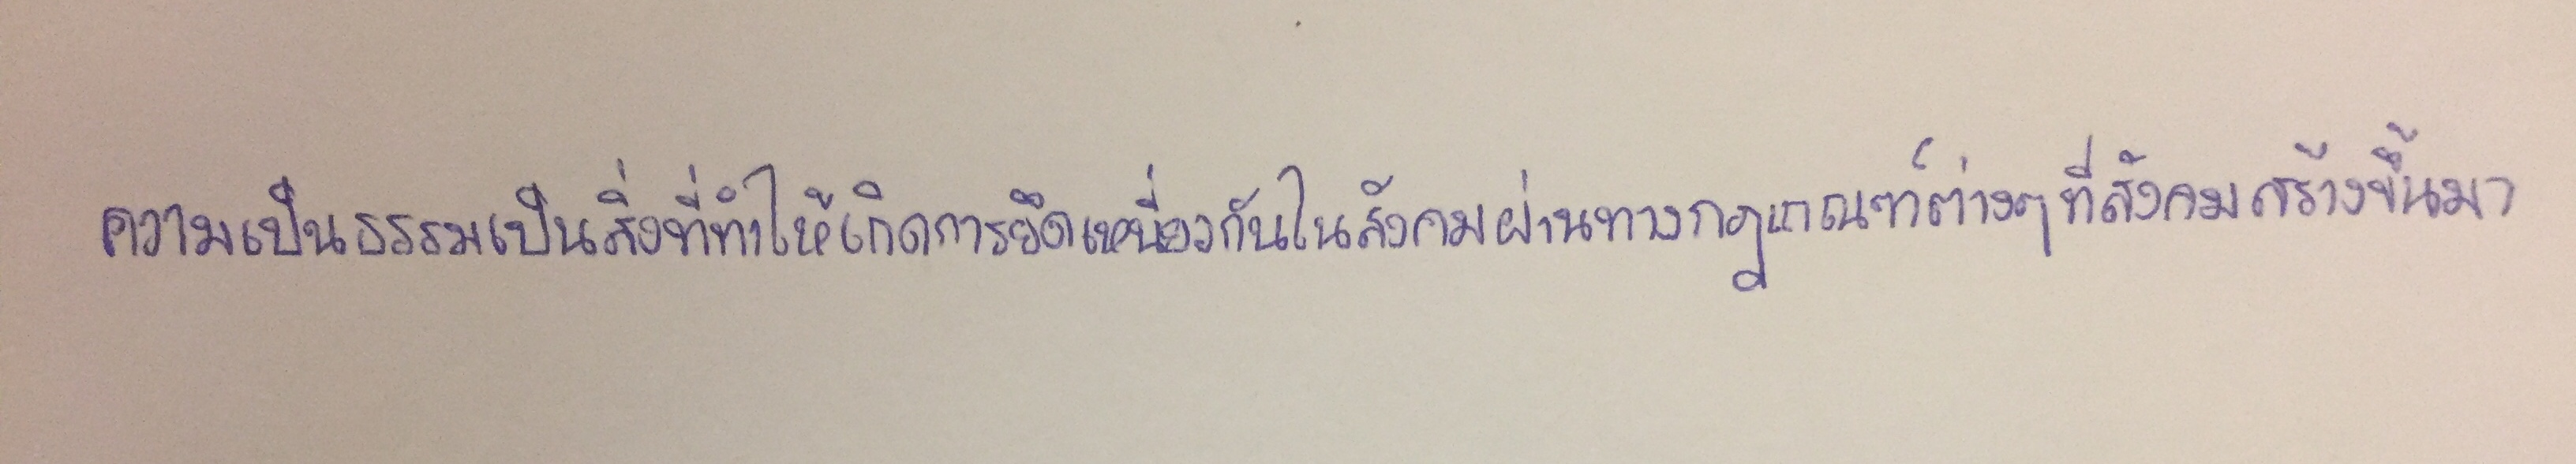
ความเป็นธรรมเป็นสิ่งที่ทำให้เกิดการยึดเหนียวกันในสังคมผ่านทางกฎเกณฑ์ต่างๆที่สังคมสร้างขึ้นมา